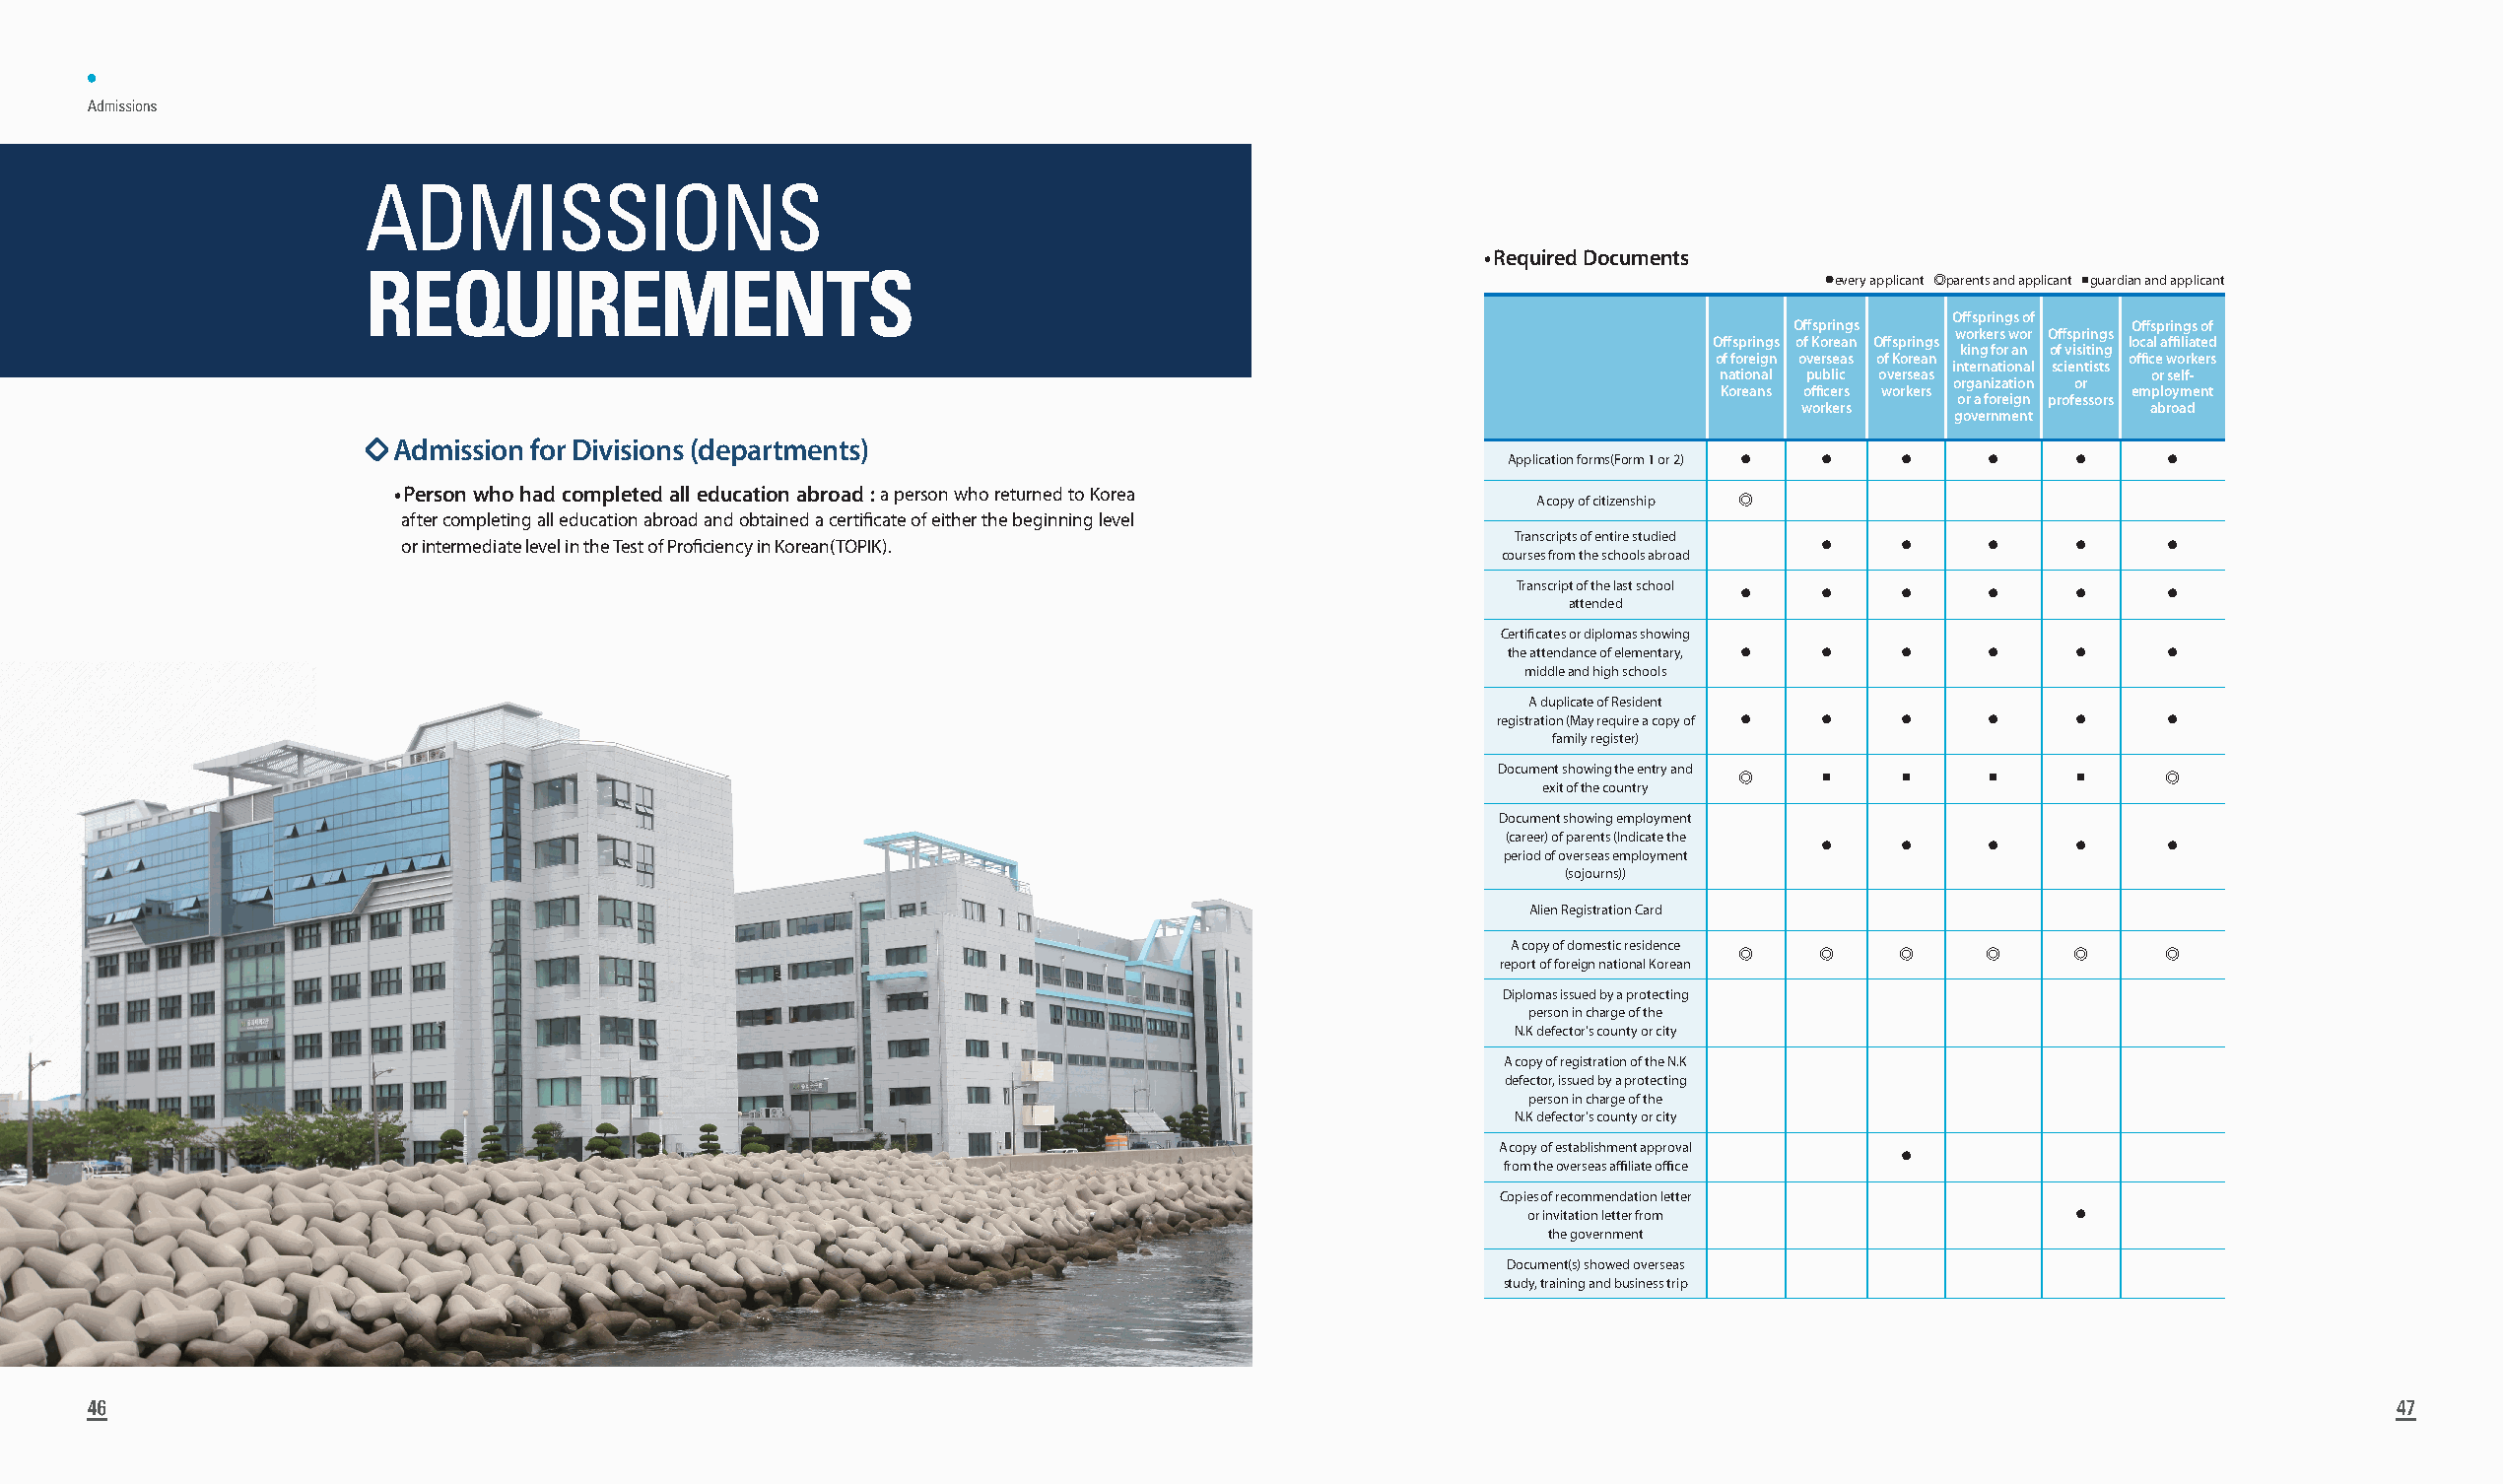
•
 Admissions
 ADMISSIONS
 •Required Documents
 REQUIREMENTS
 ●every applicant ◎parents and applicant ■guardian and applicant
 Off springs of
 Off springs            Off springs of
 workers wor Off springs
 Off springs of Korean Off springs local affi liated
 king for an of visiting
 of foreign overseas of Korean offi ce workers
 international scientists
 national public overseas    or self-
 organization or
 Koreans offi cers workers  employment
 or a foreign professors
 workers                abroad
 government
 Admission for Divisions (departments)
 Application forms(Form 1 or 2) ● ● ● ● ●    ●
 • Person who had completed all education abroad : a person who returned to Korea
 A copy of citizenship ◎
 after completing all education abroad and obtained a certifi cate of either the beginning level
 Transcripts of entire studied
 or intermediate level in the Test of Profi ciency in Korean(TOPIK).                            ●     ●    ●     ●     ●
 courses from the schools abroad
 Transcript of the last school
 ●    ●     ●    ●     ●     ●
 attended
 Certifi cates or diplomas showing
 the attendance of elementary, ● ● ● ● ●     ●
 middle and high schools
 A duplicate of Resident
 registration (May require a copy of ● ● ● ● ● ●
 family register)
 Document showing the entry and
 ◎    ■     ■    ■     ■     ◎
 exit of the country
 Document showing employment
 (career) of parents (Indicate the
 ●     ●    ●     ●     ●
 period of overseas employment
 (sojourns))
 Alien Registration Card
 A copy of domestic residence
 ◎    ◎     ◎    ◎     ◎     ◎
 report of foreign national Korean
 Diplomas issued by a protecting
 person in charge of the
 N.K defector’s county or city
 A copy of registration of the N.K
 defector, issued by a protecting
 person in charge of the
 N.K defector’s county or city
 A copy of establishment approval
 ●
 from the overseas affi liate offi ce
 Copies of recommendation letter
 or invitation letter from           ●
 the government
 Document(s) showed overseas
 study, training and business trip
 444666                                                                                                                                                     444777